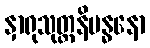
နှာရုသုတ္တနိဗန္ဓနော